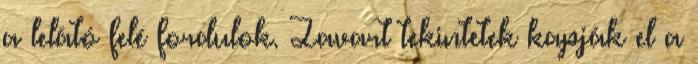
a lelátó felé fordulok. Zavart tekintetek kapják el a